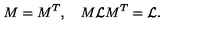
M = M ^ { T } , \quad M { \cal { L } } M ^ { T } = { \cal { L } } .